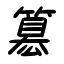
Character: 簒